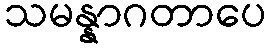
သမန္နာဂတာပေ